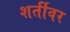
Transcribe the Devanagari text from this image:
शर्तीवर